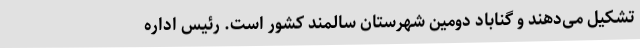
تشکیل می‌دهند و گناباد دومین شهرستان سالمند کشور است. رئیس اداره